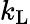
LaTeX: k_{\mathrm{L}}